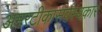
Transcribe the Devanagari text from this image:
अमरटीकासर्वस्वकार